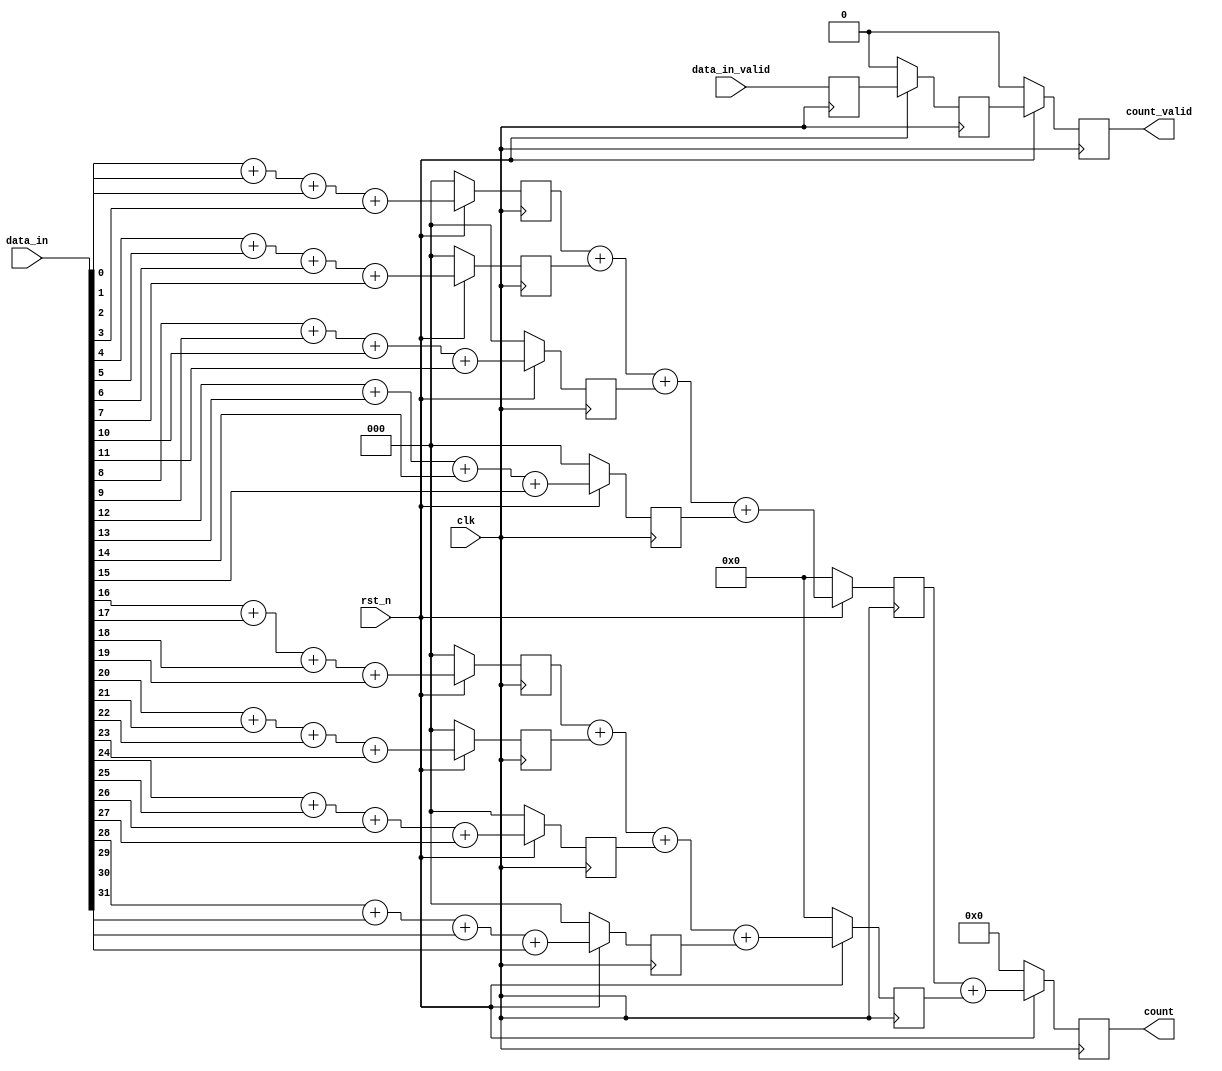
/*
 * Copyright 2016 - 2017 Systems Group, ETH Zurich
 *
 * This hardware operator is free software: you can redistribute it and/or
 * modify it under the terms of the GNU General Public License as published
 * by the Free Software Foundation, either version 3 of the License, or
 * (at your option) any later version.
 *
 * This program is distributed in the hope that it will be useful,
 * but WITHOUT ANY WARRANTY; without even the implied warranty of
 * MERCHANTABILITY or FITNESS FOR A PARTICULAR PURPOSE.  See the
 * GNU General Public License for more details.
 *
 * You should have received a copy of the GNU General Public License
 * along with this program.  If not, see <http://www.gnu.org/licenses/>.
 */


module onesCounterC3 #(parameter WIDTH = 32)
(
  input  wire                             clk,
  input  wire                             rst_n,

  input  wire                             data_in_valid,
  input  wire  [31:0]                     data_in,

  output reg                              count_valid,
  output reg   [5:0]                      count
  );

reg [2:0]   sum_4_1, sum_4_2, sum_4_3, sum_4_4, sum_4_5, sum_4_6, sum_4_7, sum_4_8;

reg [4:0]   sum_2_1, sum_2_2;

reg         sum_4_valid, sum_2_valid;


always @(posedge clk) begin
  if (~rst_n) begin
    // reset
    sum_4_1 <= 0;
    sum_4_2 <= 0;
    sum_4_3 <= 0;
    sum_4_4 <= 0;
    sum_4_5 <= 0;
    sum_4_6 <= 0;
    sum_4_7 <= 0;
    sum_4_8 <= 0;

    sum_4_valid <= data_in_valid;

    sum_2_1 <= 0;
    sum_2_2 <= 0;

    sum_2_valid <= 0;

    count   <= 0;
    count_valid <= 0;
  end
  else begin
    sum_4_1 <= data_in[0]  + data_in[1]  + data_in[2]  + data_in[3];
    sum_4_2 <= data_in[4]  + data_in[5]  + data_in[6]  + data_in[7];
    sum_4_3 <= data_in[8]  + data_in[9]  + data_in[10] + data_in[11];
    sum_4_4 <= data_in[12] + data_in[13] + data_in[14] + data_in[15];
    sum_4_5 <= data_in[16] + data_in[17] + data_in[18] + data_in[19];
    sum_4_6 <= data_in[20] + data_in[21] + data_in[22] + data_in[23];
    sum_4_7 <= data_in[24] + data_in[25] + data_in[26] + data_in[27];
    sum_4_8 <= data_in[28] + data_in[29] + data_in[30] + data_in[31];

    sum_4_valid <= data_in_valid;

    sum_2_1 <= sum_4_1 + sum_4_2 + sum_4_3 + sum_4_4;
    sum_2_2 <= sum_4_5 + sum_4_6 + sum_4_7 + sum_4_8;

    sum_2_valid <= sum_4_valid;

    count   <= sum_2_1 + sum_2_2;
    count_valid <= sum_2_valid;
  end
end

endmodule